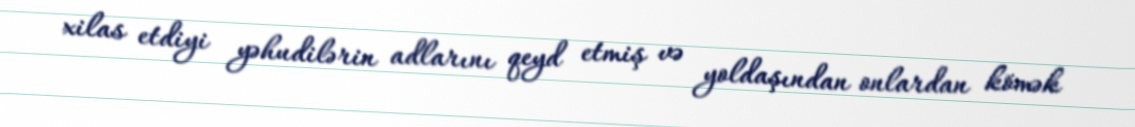
xilas etdiyi yəhudilərin adlarını qeyd etmiş və yoldaşından onlardan kömək